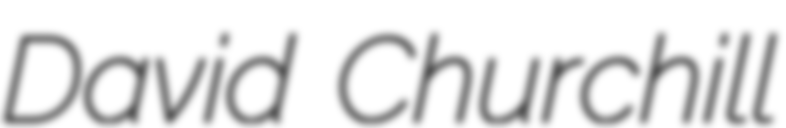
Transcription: David Churchill